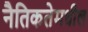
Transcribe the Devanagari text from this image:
नैतिकतेमधील